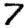
Digit: 7